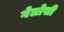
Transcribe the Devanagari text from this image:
गेलोसी